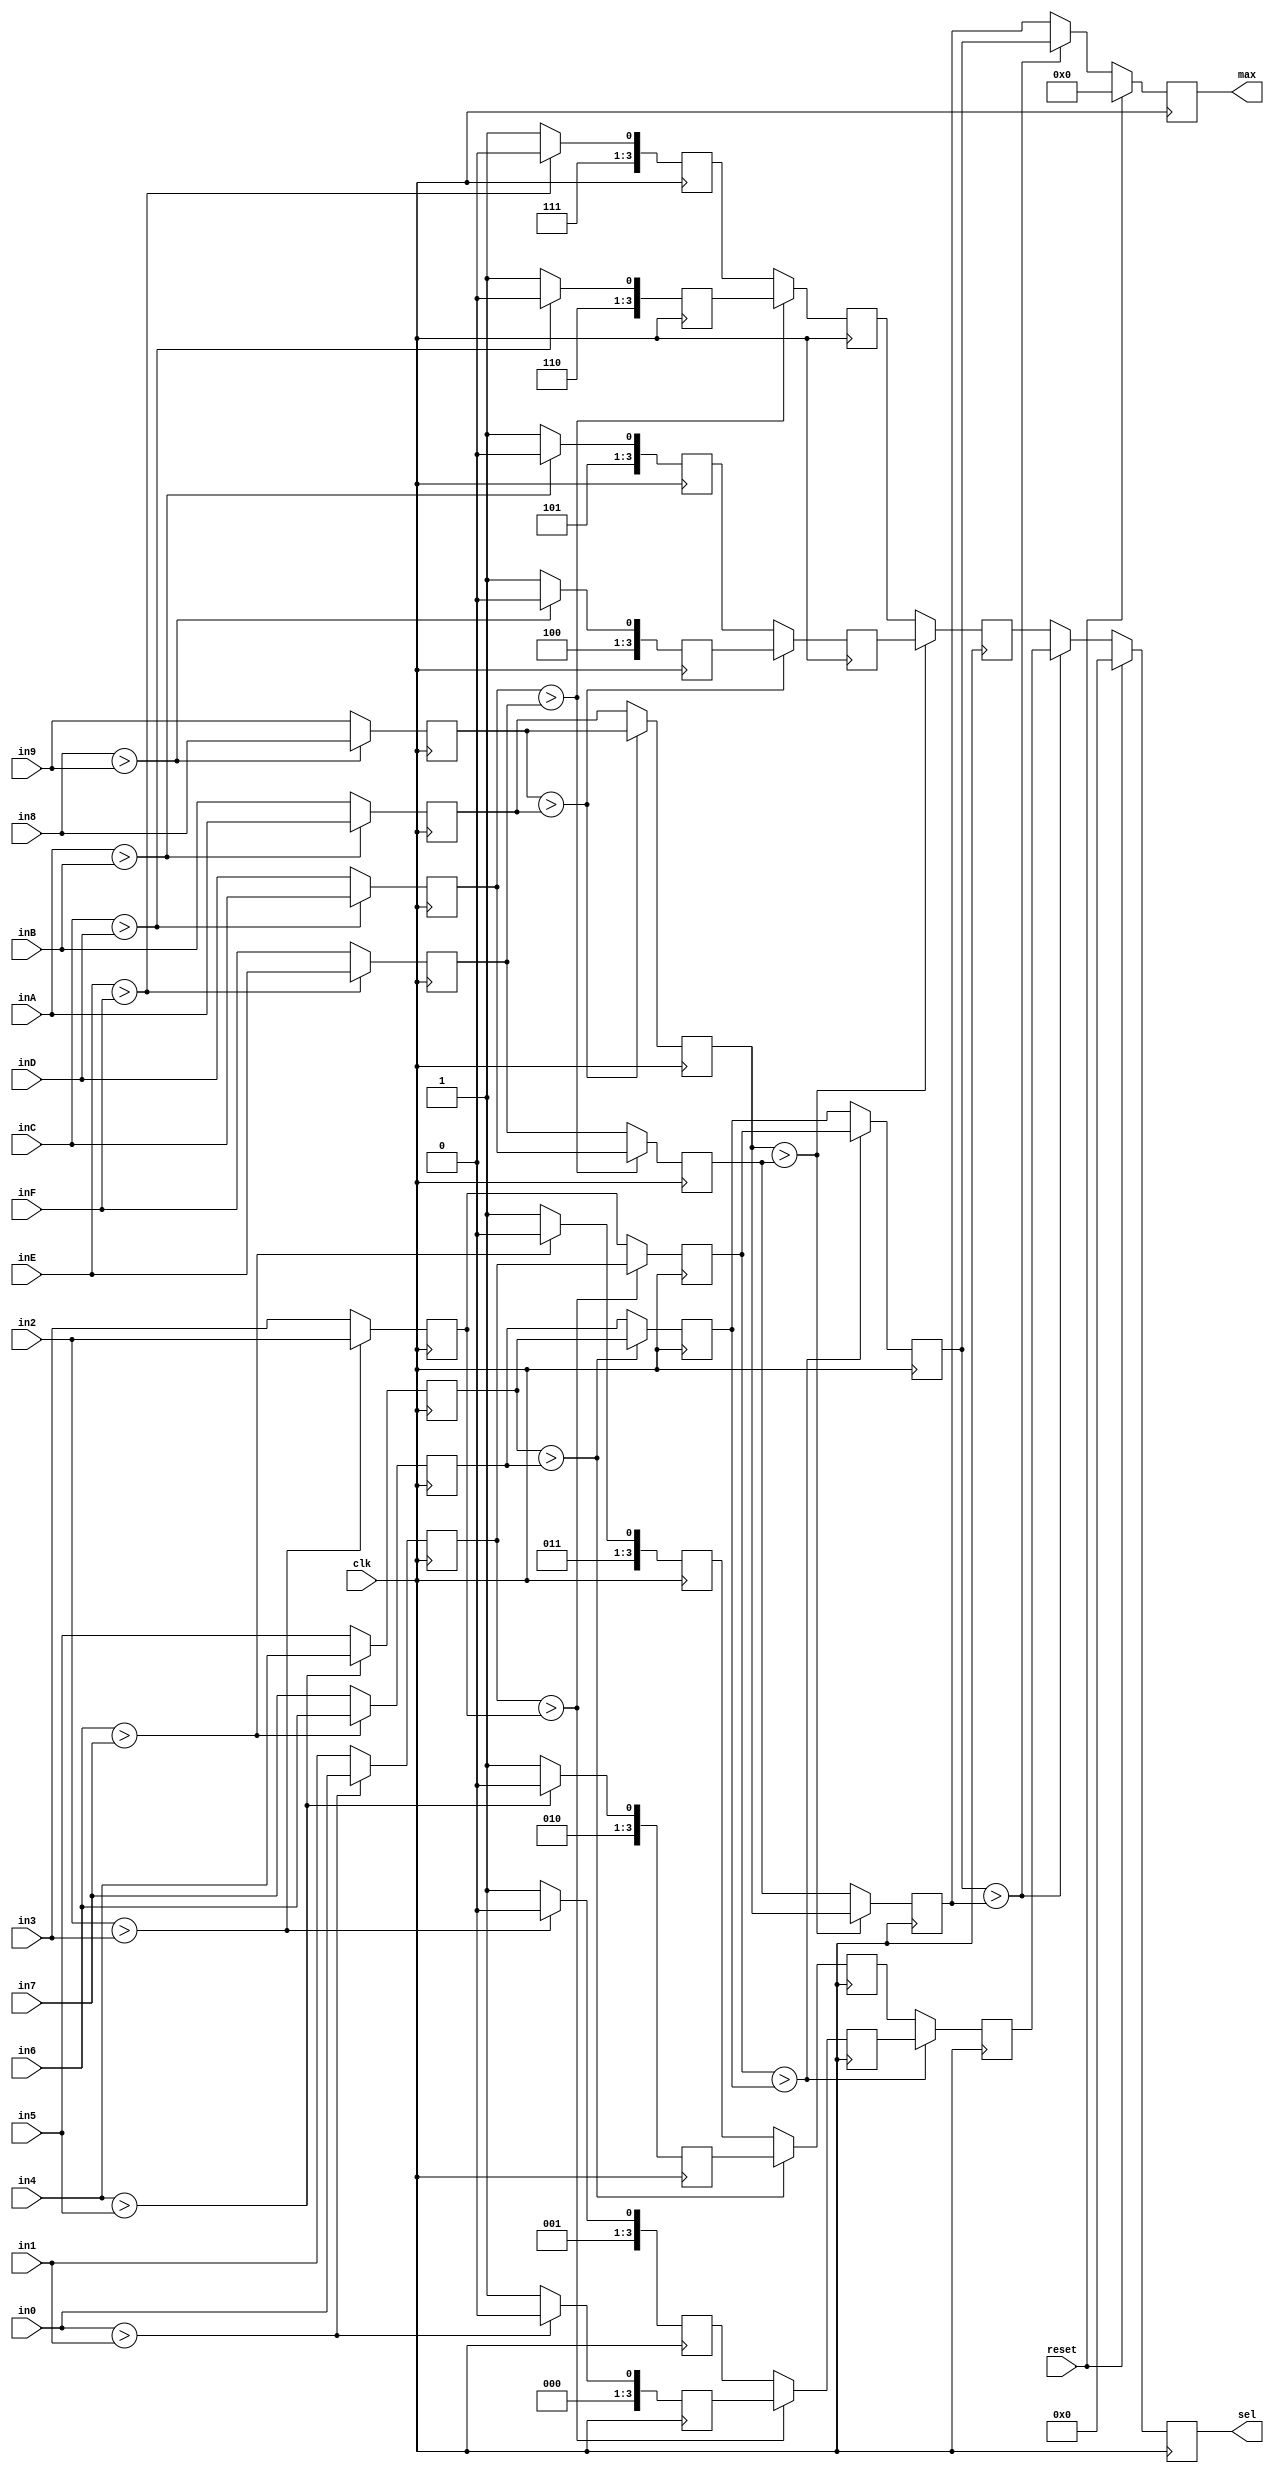
`timescale 1ns / 1ps
//////////////////////////////////////////////////////////////////////////////////
// Company: 
// Engineer: 
// 
// Design Name: 
// Module Name: select_max
// Project Name: 
// Target Devices: 
// Tool Versions: 
// Description: 
// 
// Dependencies: 
// 
// Revision:
// Revision 0.01 - File Created
// Additional Comments:
// 
//////////////////////////////////////////////////////////////////////////////////


module select_max
 #(
    parameter WIDTH = 32
  )
  (
    input clk,
    input reset,
    
    input [WIDTH-1:0] in0,
    input [WIDTH-1:0] in1,
    input [WIDTH-1:0] in2,
    input [WIDTH-1:0] in3,
    input [WIDTH-1:0] in4,
    input [WIDTH-1:0] in5,
    input [WIDTH-1:0] in6,
    input [WIDTH-1:0] in7,
    input [WIDTH-1:0] in8,
    input [WIDTH-1:0] in9,
    input [WIDTH-1:0] inA,
    input [WIDTH-1:0] inB,
    input [WIDTH-1:0] inC,
    input [WIDTH-1:0] inD,
    input [WIDTH-1:0] inE,
    input [WIDTH-1:0] inF,
    
    output reg [WIDTH-1:0] max,
    output reg [3:0] sel
    
    );
    
//    wire [WIDTH-1:0] m01 = in0>in1? in0:in1;
//    wire [WIDTH-1:0] m23 = in2>in3? in2:in3;
//    wire [WIDTH-1:0] m45 = in4>in5? in4:in5;
//    wire [WIDTH-1:0] m67 = in6>in7? in6:in7;
//    wire [WIDTH-1:0] m89 = in8>in9? in8:in9;
//    wire [WIDTH-1:0] mAB = inA>inB? inA:inB;
//    wire [WIDTH-1:0] mCD = inC>inD? inC:inD;
//    wire [WIDTH-1:0] mEF = inE>inF? inE:inF;
    
//    wire [WIDTH-1:0] m0123 = m01>m23? m01:m23;
//    wire [WIDTH-1:0] m4567 = m45>m67? m45:m67;
//    wire [WIDTH-1:0] m89AB = m89>mAB? m89:mAB;
//    wire [WIDTH-1:0] mCDEF = mCD>mEF? mCD:mEF;
    
//    wire [WIDTH-1:0] mh1 = m0123>m4567? m0123:m4567;
//    wire [WIDTH-1:0] mh2 = m89AB>mCDEF? m89AB:mCDEF;
    
//    wire [3:0] s01 = in0>in1? 4'b0000:4'b0001;
//    wire [3:0] s23 = in2>in3? 4'b0010:4'b0011;
//    wire [3:0] s45 = in4>in5? 4'b0100:4'b0101;
//    wire [3:0] s67 = in6>in7? 4'b0110:4'b0111;
//    wire [3:0] s89 = in8>in9? 4'b1000:4'b1001;
//    wire [3:0] sAB = inA>inB? 4'b1010:4'b1011;
//    wire [3:0] sCD = inC>inD? 4'b1100:4'b1101;
//    wire [3:0] sEF = inE>inF? 4'b1110:4'b1111;
    
//    wire [3:0] s0123 = m01>m23? s01:s23;
//    wire [3:0] s4567 = m45>m67? s45:s67;
//    wire [3:0] s89AB = m89>mAB? s89:sAB;
//    wire [3:0] sCDEF = mCD>mEF? sCD:sEF;
    
//    wire [3:0] sh1 = m0123>m4567? s0123:s4567;
//    wire [3:0] sh2 = m89AB>mCDEF? s89AB:sCDEF;
    
    reg [WIDTH-1:0] m01;
    always @(posedge clk) m01 <= in0>in1? in0:in1;

    reg [WIDTH-1:0] m23;
    always @(posedge clk) m23 <= in2>in3? in2:in3;
    reg [WIDTH-1:0] m45;
    always @(posedge clk) m45 <= in4>in5? in4:in5;
    reg [WIDTH-1:0] m67;
    always @(posedge clk) m67 <= in6>in7? in6:in7;
    reg [WIDTH-1:0] m89;
    always @(posedge clk) m89 <= in8>in9? in8:in9;
    reg [WIDTH-1:0] mAB;
    always @(posedge clk) mAB <= inA>inB? inA:inB;
    reg [WIDTH-1:0] mCD;
    always @(posedge clk) mCD <= inC>inD? inC:inD;
    reg [WIDTH-1:0] mEF;
    always @(posedge clk) mEF <= inE>inF? inE:inF;

    reg [WIDTH-1:0] m0123;
    always @(posedge clk) m0123 <= m01>m23? m01:m23;
    reg [WIDTH-1:0] m4567;
    always @(posedge clk) m4567 <= m45>m67? m45:m67;
    reg [WIDTH-1:0] m89AB;
    always @(posedge clk) m89AB <= m89>mAB? m89:mAB;
    reg [WIDTH-1:0] mCDEF;
    always @(posedge clk) mCDEF <= mCD>mEF? mCD:mEF;

    reg [WIDTH-1:0] mh1;
    always @(posedge clk) mh1 <= m0123>m4567? m0123:m4567;
    reg [WIDTH-1:0] mh2;
    always @(posedge clk) mh2 <= m89AB>mCDEF? m89AB:mCDEF;

    reg [3:0] s01;
    always @(posedge clk) s01 <= in0>in1? 4'b0000:4'b0001;
    reg [3:0] s23;
    always @(posedge clk) s23 <= in2>in3? 4'b0010:4'b0011;
    reg [3:0] s45;
    always @(posedge clk) s45 <= in4>in5? 4'b0100:4'b0101;
    reg [3:0] s67;
    always @(posedge clk) s67 <= in6>in7? 4'b0110:4'b0111;
    reg [3:0] s89;
    always @(posedge clk) s89 <= in8>in9? 4'b1000:4'b1001;
    reg [3:0] sAB;
    always @(posedge clk) sAB <= inA>inB? 4'b1010:4'b1011;
    reg [3:0] sCD;
    always @(posedge clk) sCD <= inC>inD? 4'b1100:4'b1101;
    reg [3:0] sEF;
    always @(posedge clk) sEF <= inE>inF? 4'b1110:4'b1111;

    reg [3:0] s0123;
    always @(posedge clk) s0123 <= m01>m23? s01:s23;
    reg [3:0] s4567;
    always @(posedge clk) s4567 <= m45>m67? s45:s67;
    reg [3:0] s89AB;
    always @(posedge clk) s89AB <= m89>mAB? s89:sAB;
    reg [3:0] sCDEF;
    always @(posedge clk) sCDEF <= mCD>mEF? sCD:sEF;

    reg [3:0] sh1;
    always @(posedge clk) sh1 <= m0123>m4567? s0123:s4567;
    reg [3:0] sh2;
    always @(posedge clk) sh2 <= m89AB>mCDEF? s89AB:sCDEF;
 
    always @(posedge clk) begin
      if(reset) begin
        sel <= 0;
        max <= 0;
      end
      else begin
        max <= mh1 > mh2? mh1 : mh2;
        sel <= mh1 > mh2? sh1 : sh2;
      end
    end

    
endmodule